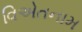
વિએતનામ